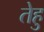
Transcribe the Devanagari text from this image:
तेहु